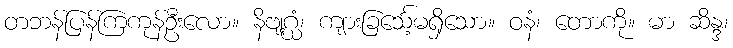
တဘန်ပြန်ကြကုန်ဦးလော။ နိဗျဂ္ဃံ၊ ကျားခြင်္သေ့မရှိသော။ ဝနံ၊ တောကို။ မာ ဆိန္ဒ၊